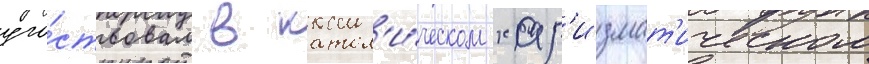
уча́ствовал в катол'и́ческом хар'измат'ическом